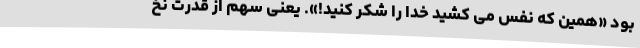
بود «همین که نَفَس می کشید خدا را شکر کنید!». یعنی سهم از قدرت نخ